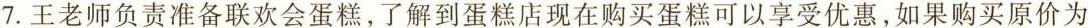
7.王老师负责准备联欢会蛋糕，了解到蛋糕店现在购买蛋糕可以享受优惠，如果购买原价为